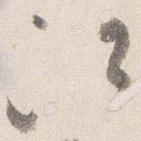
次